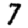
Digit: 7